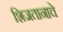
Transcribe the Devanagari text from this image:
शिजतानाचे